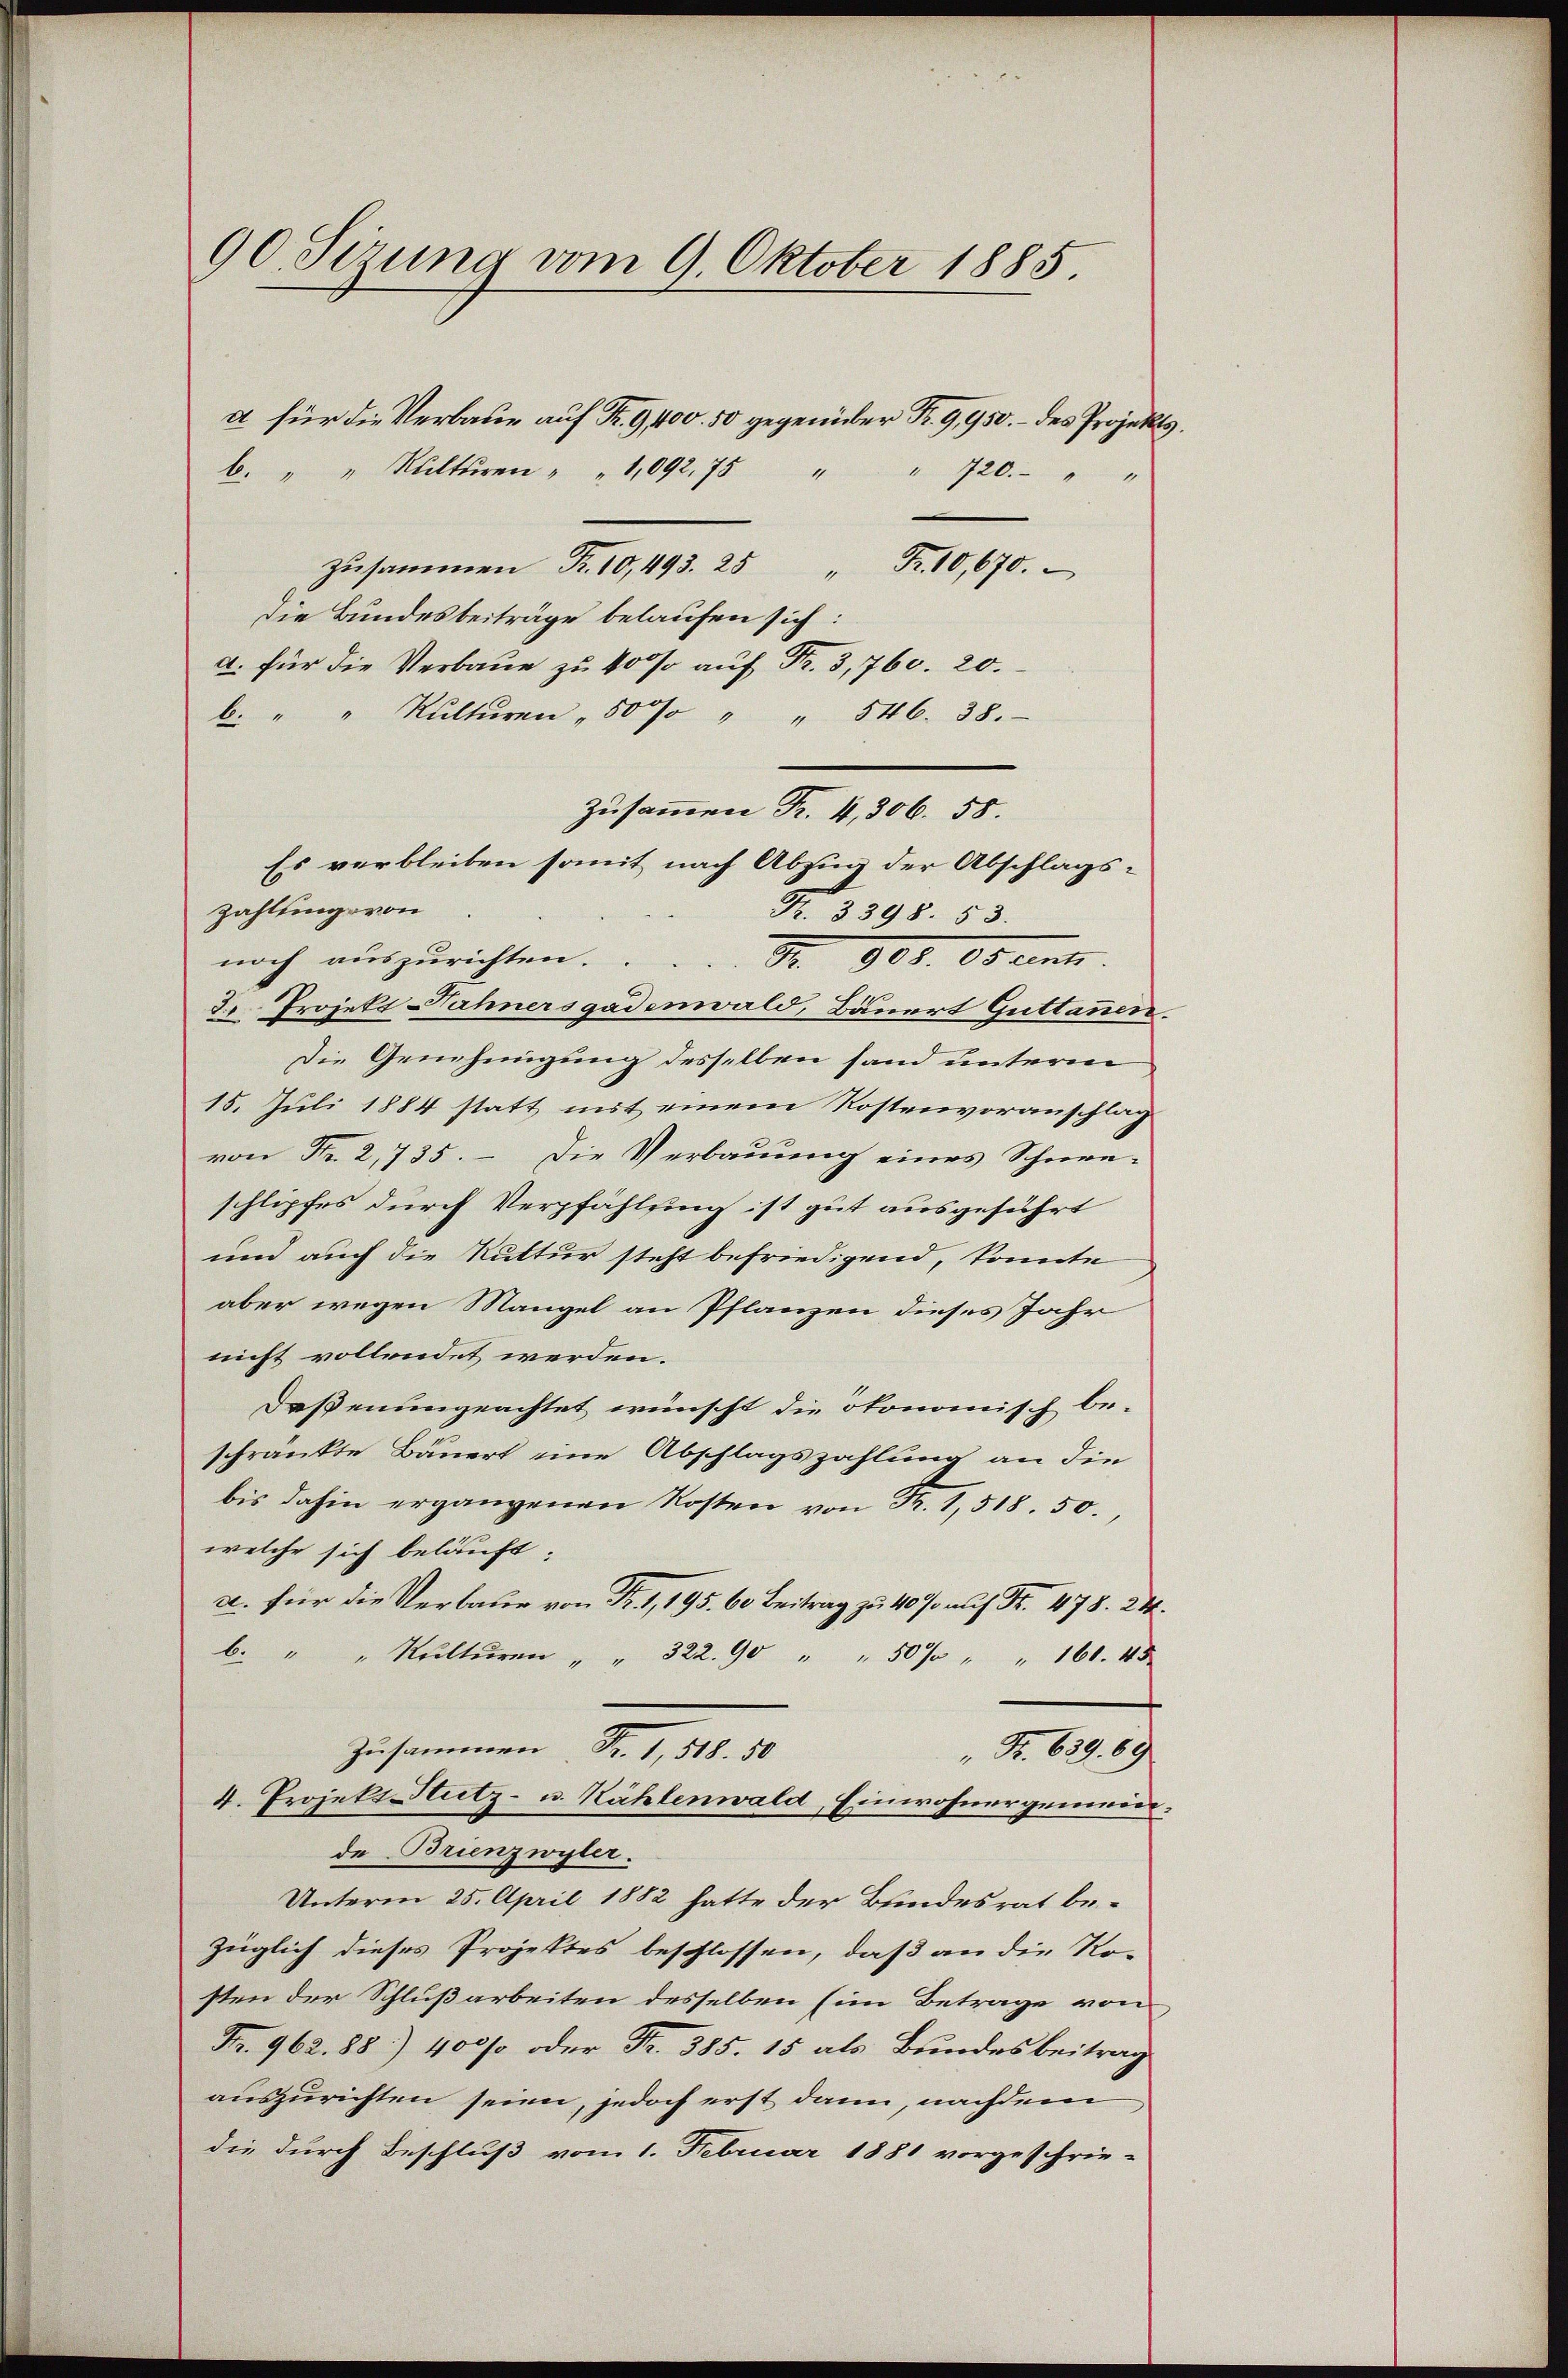
90. Sizung vom 9. Oktober 1885.

b. " " Kulturen " " 1092.75 " " 720.
zusammen Fr. 10,493. 25 " Fr. 10,670.
Die Bundesbeiträge belaufen sich:
a. für die Verbaue zu 40 so auf Fr. 3, 760. 20.
b. " " Kŭltŭren " 50% " " 546. 38.
Zusammen Fr. 4, 306. 58.
Es verbleiben somit nach Abzug der Abschlags-
Zahlung von
Fr. 3398. 53.
noch auszurichten. S. 908. Odeents.
2. Projekt ahnersgadenwald, Bäuert Guttanen.
Die Genehmigung desselben fand unterm
15. Juli 1884 statt mit einem Kostenvoranschlag
von Nr. 2, 735. – Die Verbauung eines Schnee-
schlipfes durch Verpfählung ist gut ausgeführt
und auch die Ruttur steht befriedigend, konnte
aber wegen Mangel an Pflanzen dieses Jahr
nicht vollendet werden.
Daßenungeachtet wünscht die ökonomisch beschränkte Bauert eine Abschlagszahlung an die
bis dahin ergangenen Kosten von Fr. 1, 518. 50.,
welche sich beläuft.
a. für die Verbaue von Fr. 1, 195. 60 Beitrag zu 10 % auf Fr. 478. 24.
b. " " Kŭltŭren " " 322. 90 " " 50% " " 160. 45
Zusammen Fr. 1, 518. 50
" Fr. 639. 69
4. Projekt Stutz- u. Kählenwald, Einwohnergemeide.
de Brienzwyler.
Unterm 25. April 1882 hatte der Bundesrat be-
züglich dieses Projektes beschlossen, daß an die Ro-
sten der Schlußarbeiten desselben (im Betrage von
Fr. 962. 88) 400% oder Fr. 385. 15 als Bundesbeitrag
auszurichten seien, jedoch erst dann, nachdem
die durch Beschluß vom 1. Februar 1881 vorgeschrie-

a für die Verbaue auf Fr. 9400. 50 gegenüber R. G,950.- des Projekts,